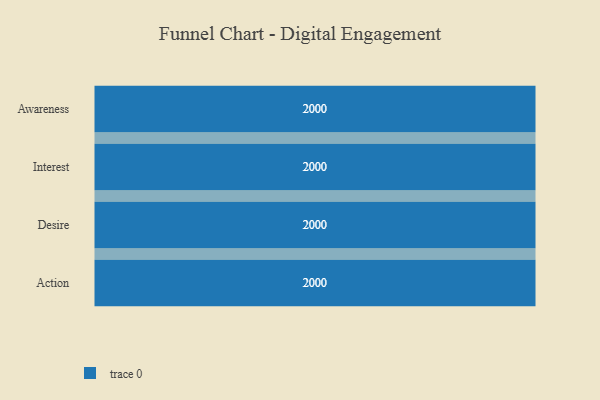
{"axis": {"x": "Stage", "y": "Value"}, "legend": [""], "data": [{"x": "Awareness", "y": 2000, "type": ""}, {"x": "Interest", "y": 2000, "type": ""}, {"x": "Desire", "y": 2000, "type": ""}, {"x": "Action", "y": 2000, "type": ""}]}